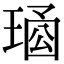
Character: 𤦱